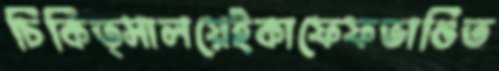
চিকিত্সালয়েইকাফেফভাঙিত